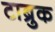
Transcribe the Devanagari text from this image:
टाब्रुक